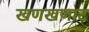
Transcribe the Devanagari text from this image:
खणखणाट